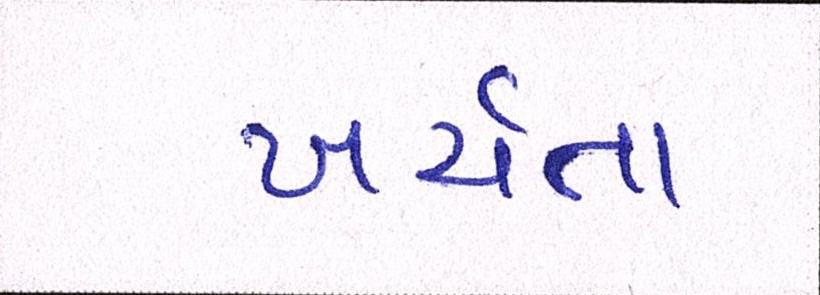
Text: ખર્ચતા